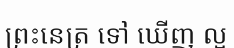
ព្រះនេត្រ ទៅ ឃើញ ល្អ